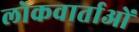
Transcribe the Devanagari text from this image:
लोकवार्ताओं